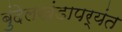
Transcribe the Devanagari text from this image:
बुंदेलखंडापर्यंत